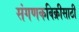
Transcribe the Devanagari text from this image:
संगणकविक्रीसाठी